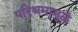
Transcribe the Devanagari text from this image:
परिश्रमामुळे